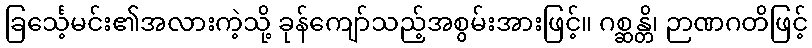
ခြင်္သေ့မင်း၏အလားကဲ့သို့ ခုန်ကျော်သည့်အစွမ်းအားဖြင့်။ ဂစ္ဆန္တိ၊ ဉာဏဂတိဖြင့်